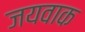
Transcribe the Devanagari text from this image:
जयवाक